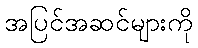
အပြင်အဆင်များကို